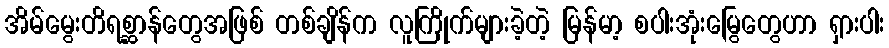
အိမ်မွေးတိရစ္ဆာန်တွေအဖြစ် တစ်ချိန်က လူကြိုက်များခဲ့တဲ့ မြန်မာ့ စပါးအုံးမြွေတွေဟာ ရှားပါး